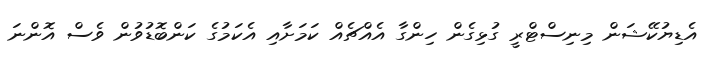
އެޑިޔުކޭޝަން މިނިސްޓްރީ ގުޅިގެން ހިންގާ އެއްޗެއް ކަމަށާއި އެކަމުގެ ކަންބޮޑުވުން ވެސް އޮންނަ